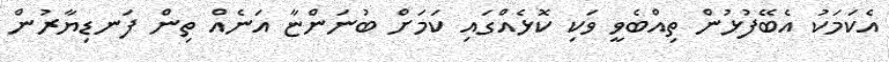
އެކަމަކު އެބޭފުޅުން ތިއްބެވީ ވަކި ކޮޅެއްގައި ކަމަށް ބުނަންޏާ އަނެއް ތިން ފަނޑިޔާރުން